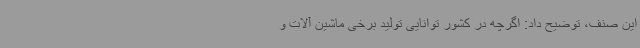
این صنف، توضیح داد: اگرچه در کشور توانایی تولید برخی ماشین آلات و